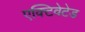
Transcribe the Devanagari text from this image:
एक्टिवेटेड